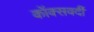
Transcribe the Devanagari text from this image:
कॉक्सवर्दी